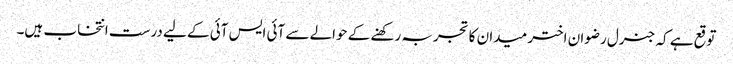
توقع ہے کہ جنرل رضوان اختر میدان کا تجربہ رکھنے کے حوالے سے آئی ایس آئی کے لیے درست انتخاب ہیں۔